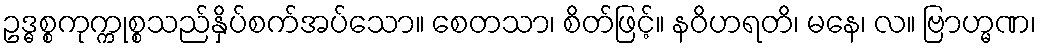
ဥဒ္ဓစ္စကုက္ကုစ္စသည်နှိပ်စက်အပ်သော။ စေတသာ၊ စိတ်ဖြင့်။ နဝိဟရတိ၊ မနေ၊ လ။ ဗြာဟ္မဏ၊